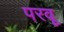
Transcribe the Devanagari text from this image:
परवू